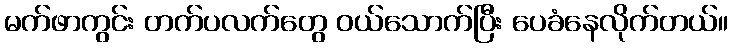
မက်ဖာကွင်း တက်ပလက်တွေ ဝယ်သောက်ပြီး ပေခံနေလိုက်တယ်။